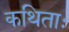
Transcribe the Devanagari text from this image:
कथिताः